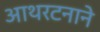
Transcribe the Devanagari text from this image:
आथरटनाने